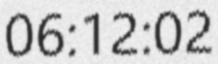
06:12:02